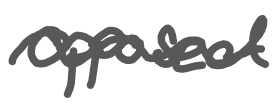
Text: opposed
Cross-out: wave
Writing tool: digital_gray